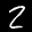
Label: 2